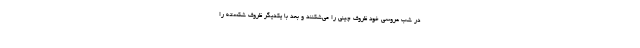
در شب عروسی خود ظروف چینی را می‌شکنند و بعد با یکدیگر ظروف شکسته را